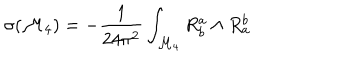
\sigma ( { \cal M } _ { 4 } ) = - \frac { 1 } { 2 4 \pi ^ { 2 } } \int _ { { \cal M } _ { 4 } } R _ { b } ^ { a } \wedge R _ { a } ^ { b }